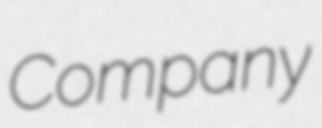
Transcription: Company